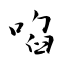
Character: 啗